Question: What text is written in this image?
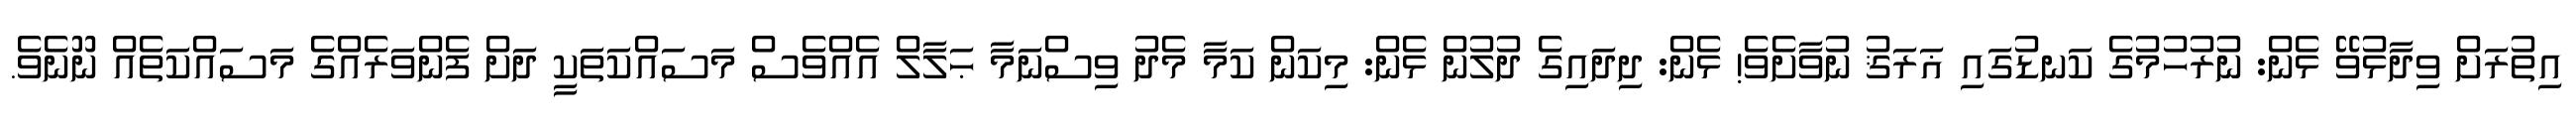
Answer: އިތުރަށް ވިދާޅުވޭ ޅެން: ނުރުހުމުގެ ކަނޑުގައި ޣަރަޤު ނުވާށެވެ! ޅެން: ދިދައިގެ ދުލުން ޅެން: މިކަން ކަމާ މެދު ވިސްނަމާ ޙަލާލް އެއްވެސް މަސައްކަތަކީ ދަށް ފެންވަރެއްގެ މަސައްކަތެއް ނޫނެވެ.